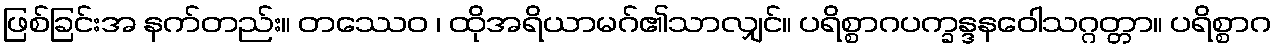
ဖြစ်ခြင်းအ နက်တည်း။ တဿေဝ ၊ ထိုအရိယာမဂ်၏သာလျှင်။ ပရိစ္စာဂပက္ခန္ဒနဝေါသဂ္ဂတ္တာ။ ပရိစ္စာဂ